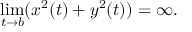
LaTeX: \operatorname* { l i m } _ { t \rightarrow b } ( x ^ { 2 } ( t ) + y ^ { 2 } ( t ) ) = \infty .